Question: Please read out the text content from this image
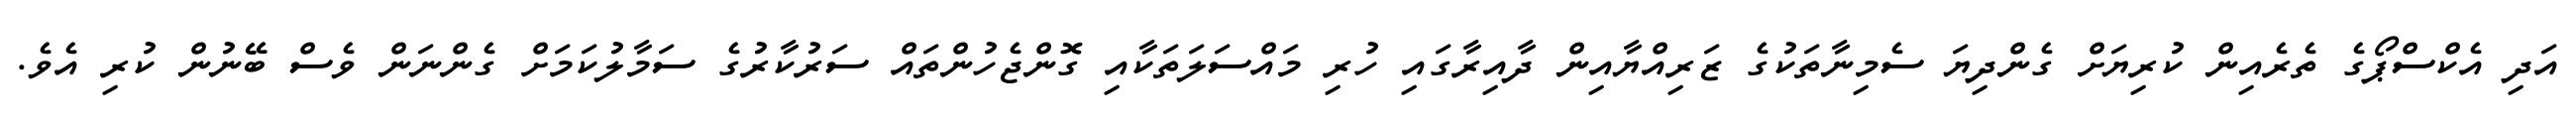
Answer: އަދި އެކްސްޕޯގެ ތެރެއިން ކުރިޔަށް ގެންދިޔަ ސެމިނާތަކުގެ ޒަރިއްޔާއިން ދާއިރާގައި ހުރި މައްސަލަތަކާއި ގޮންޖެހުންތައް ސަރުކާރުގެ ސަމާލުކަމަށް ގެންނަން ވެސް ބޭނުން ކުރި އެވެ.